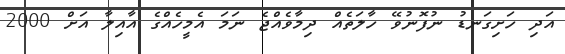
އަދި ހަށިގަނޑު ނުފޮނުވޭ ހާލަތެއް ދިމާވެއްޖެ ނަަމަ އެމީހެއްގެ އާއިލާ އަށް 2000